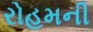
રોહમની